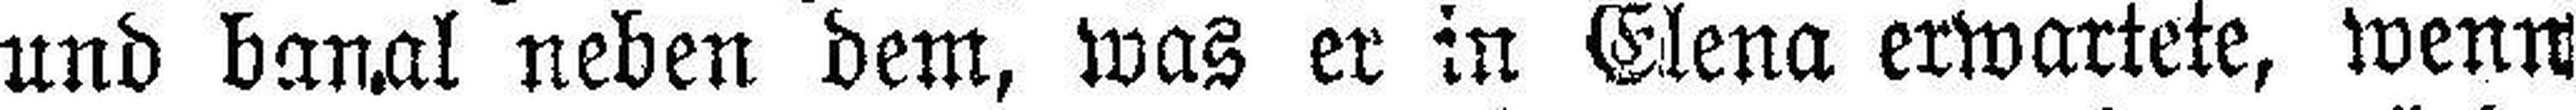
und banal neben dem, was er in Elena erwartete, wenn